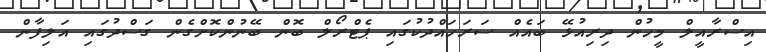
އިސްރާއީލް މީހުން ދިރިއުޅޭ ބައެއް ސަރަހައްދުކުގައި ޕެޓްރޯލް ބޮން ބޭނުންކޮށްގެން ގަސްދުގައި އަލިފާން